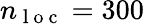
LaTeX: n_{\mathrm{~l~o~c~}}=300